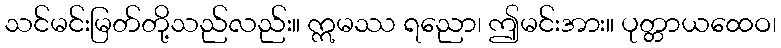
သင်မင်းမြတ်တို့သည်လည်း။ ဣမဿ ရညော၊ ဤမင်းအား။ ပုတ္တာယထေဝ၊